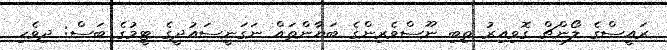
ރައީސްގެ ލޯންޗް ގޮވިއިރު ތިބި ނޫސްވެރިންގެ ބަޔާންތައް ނަގަނީސައުދީގެ ޓީމުގެ ބަސް: ދިވެހި